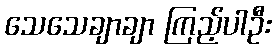
သေသေချာချာ ကြည့်ပါဦး